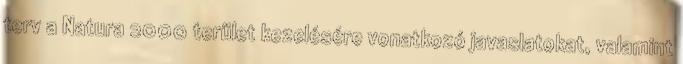
terv a Natura 2000 terület kezelésére vonatkozó javaslatokat, valamint